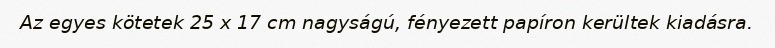
Az egyes kötetek 25 x 17 cm nagyságú, fényezett papíron kerültek kiadásra.